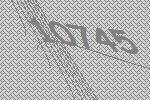
10745